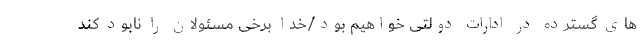
های گسترده در ادارات دولتی خواهیم بود/خدا برخی مسئولان را نابود کند